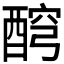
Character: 𨡗